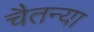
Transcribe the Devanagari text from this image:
चैतन्या